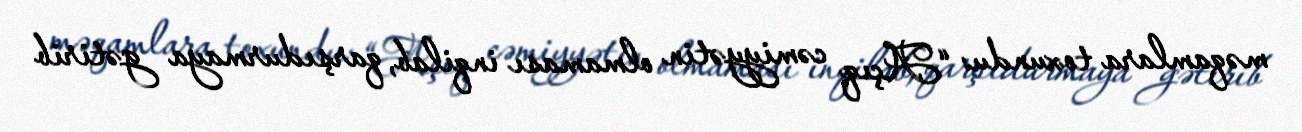
məqamlara toxundu: “Açıq cəmiyyətin olmaması inqilab, qarşıdurmaya gətirib